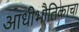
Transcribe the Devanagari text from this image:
आधीभौतिकाचा